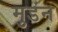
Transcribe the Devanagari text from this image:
मुडंन